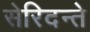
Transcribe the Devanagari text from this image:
सेरिदन्ते